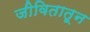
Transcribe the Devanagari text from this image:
जीवितातून